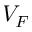
V _ { F }